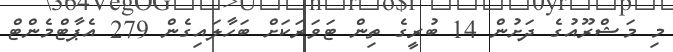
މި މަޝްރޫއުގެ ދަށުން 14 ބުރީގެ ތިން ޓަވަރަކަށް ބަހާލައިގެން 279 އެޕާޓްމެންޓް